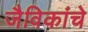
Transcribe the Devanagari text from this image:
जैविकांचे